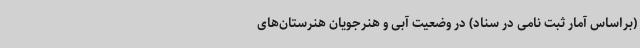
(براساس آمار ثبت نامی در سناد) در وضعیت آبی و هنرجویان هنرستان‌های